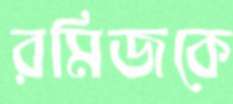
রমিজকে